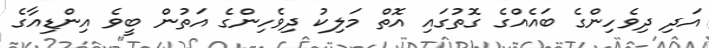
އަދި ދިވެހިންގެ ބައެއްގެ ގޮތުގައި އޮތް މަލިކު ދިވެހިންގެ އަތުން ބީވެ އިންޑިއާގެ